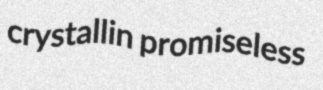
crystallin promiseless